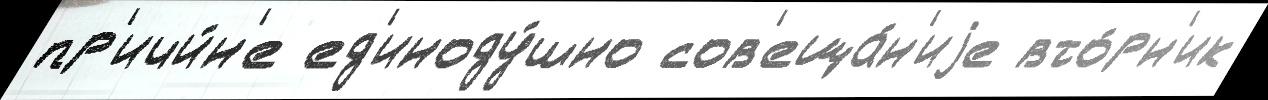
пр'ичи́н'е ед'иноду́шно сов'еща́н'иjе вто́рн'ик